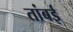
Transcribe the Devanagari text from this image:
तांबई